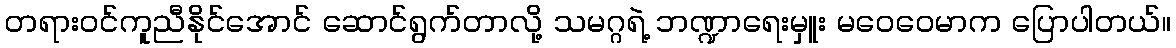
တရားဝင်ကူညီနိုင်အောင် ဆောင်ရွက်တာလို့ သမဂ္ဂရဲ့ ဘဏ္ဍာရေးမှူး မဝေဝေမာက ပြောပါတယ်။